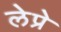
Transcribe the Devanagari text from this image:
लेप्रे